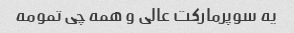
یه سوپرمارکت عالی و همه چی تمومه